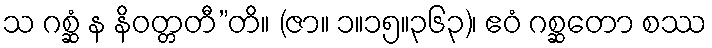
သ ဂစ္ဆံ န နိဝတ္တတီ”တိ။ (ဇာ။ ၁။၁၅။၃၆၃)၊ ဧဝံ ဂစ္ဆတော စဿ